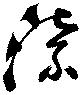
漂